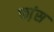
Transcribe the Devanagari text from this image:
फ्रा़ंस